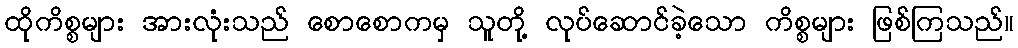
ထိုကိစ္စများ အားလုံးသည် စောစောကမှ သူတို့ လုပ်ဆောင်ခဲ့သော ကိစ္စများ ဖြစ်ကြသည်။